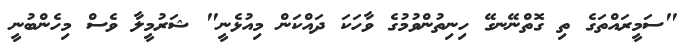
"ސަމީރައްތަގެ ތި ގޮތްނޭނގޭ ހިނިތުންވުމުގެ ވާހަކަ ދައްކަން މިއުޅެނީ" ޝަރުމީލާ ވެސް މިހެންބުނީ